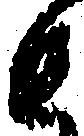
と